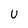
Character: U